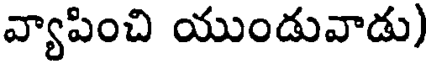
వ్యాపించి యుండువాడు)